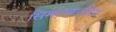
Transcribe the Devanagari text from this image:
सिमल्यातील